Civil Veterinary Dept. Assam report 1911-1927 - 1911-1927
Year: 1911
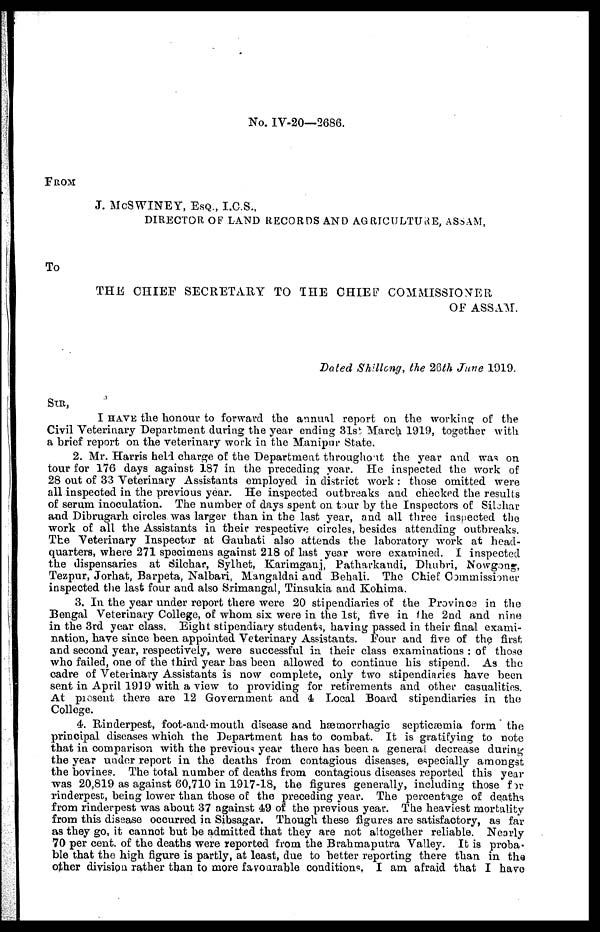
No. IV-20—2686.
FROM
J. McSWINEY, ESQ., I.C.S.,
DIRECTOR OF LAND RECORDS AND AGRICULTURE, ASSAM,
To
THE CHIEF SECRETARY TO THE CHIEF COMMISSIONER
OF ASSAM.
Dated Shillong, the 26th June 1019.
SIR,
I HAVE the honour to forward the annual report on the working of the
Civil Veterinary Department during the year ending 31st March 1919, together with
a brief report on the veterinary work in the Manipur State.
2. Mr. Harris held charge of the Department throughout the year and was on
tour for 176 days against 187 in the preceding year. He inspected the work of
28 out of 33 Veterinary Assistants employed in district work : those omitted were
all inspected in the previous year. He inspected outbreaks and checked the results
of serum inoculation. The number of days spent on tour by the Inspectors of Sibhar
and Dibrugarh circles was larger than in the last year, and all three inspected the
work of all the Assistants in their respective circles, besides attending outbreaks.
The Veterinary Inspector at Gauhati also attends the laboratory work at head-
quarters, where 271 specimens against 218 of last year wore examined. I inspected
the dispensaries at Silchar, Sylhet, Karimganj, Patharkandi, Dhuhri, Nowgong,
Tezpur, Jorhat, Barpeta, Nalbari, Mangaldai and Behali. The Chief: Commissioner
inspected the last four and also Srimangal, Tinsukia and Kohima.
3. In the year under report there were 20 stipendiaries of the Province in the
Bengal Veterinary College, of whom six were in the 1st, five in the 2nd and nine
in the 3rd year class. Eight stipendiary students, having passed in their final exami-
nation, have since been appointed Veterinary Assistants. Four and five of the first
and second year, respectively, were successful in their class examinations : of those
who failed, one of the third year has been allowed to continue his stipend. As the
cadre of Veterinary Assistants is now complete, only two stipendiaries have been
sent in April 1939 with a view to providing for retirements and other casualties.
At present there are 12 Government and 4 Local Board stipendiaries in the
College.
4. Rinderpest, foot-and-mouth disease and hæmorrhagic septicaemia form the
principal diseases which the Department has to combat. It is gratifying to note
that in comparison with the previous year there has been a general decrease during
the year under report in the deaths from contagious diseases, especially amongst
the bovines. The total number of deaths from contagious diseases reported this year
was 20,819 as against 60,710 in 1917-18, the figures generally, including those for
rinderpest, being lower than those of the preceding year. The percentage of deaths
from rinderpest was about 37 against 49 of the previous year. The heaviest mortality
from this disease occurred in Sibsagar. Though these figures are satisfactory, as far
as they go, it cannot but be admitted that they are not altogether reliable. Nearly
70 per cent, of the deaths were reported from the Brahmaputra Valley. It is proba.
ble that the high figure is partly, at least, due to better reporting there than in the
other division rather than to more favourable conditions I am afraid that I have